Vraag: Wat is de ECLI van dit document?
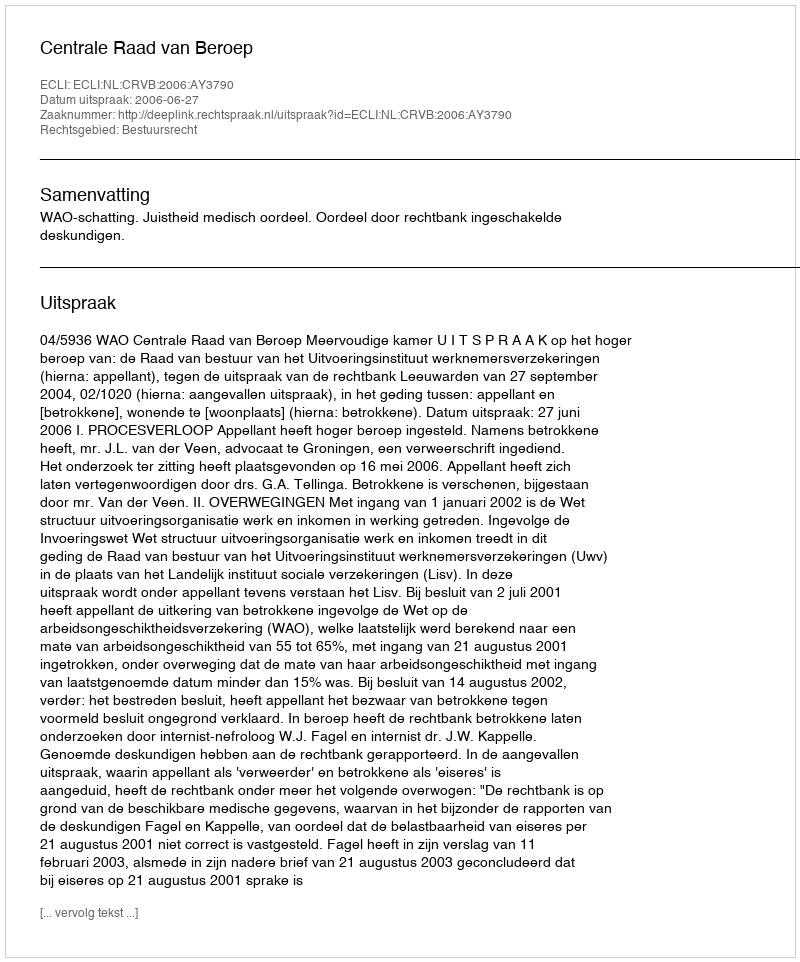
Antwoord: ECLI:NL:CRVB:2006:AY3790